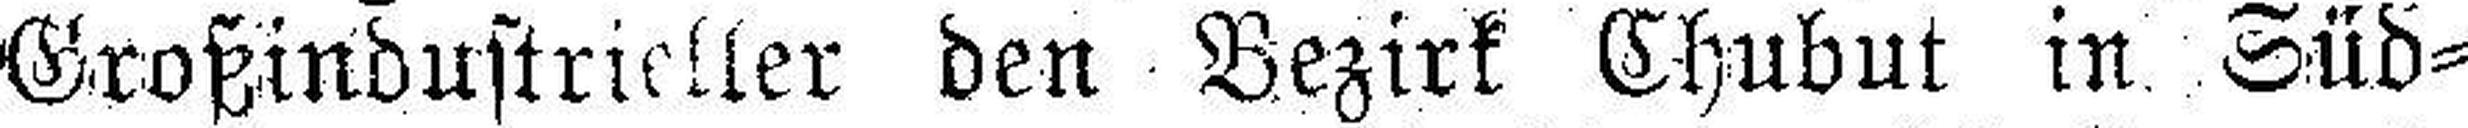
Großindustrieller den Bezirk Chubut in Süd¬